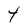
Character: t